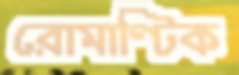
রোমাণ্টিক